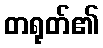
တရုတ်၏